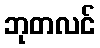
ဘုတလင်